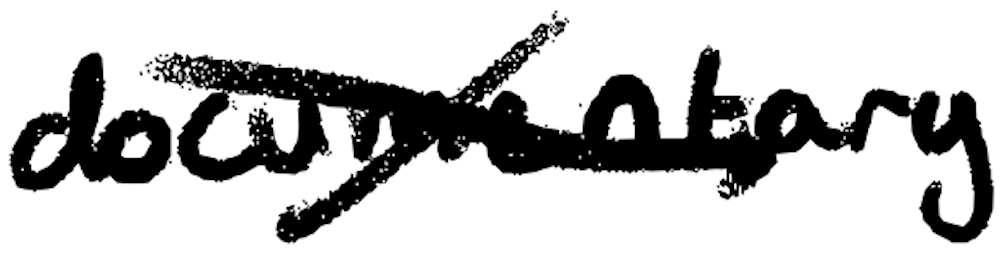
Text: documentary
Cross-out: cross
Writing tool: digital_black